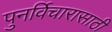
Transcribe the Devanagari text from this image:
पुनर्विचारासाठी